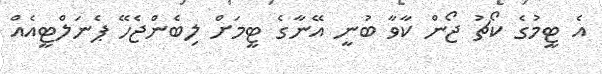
އެ ޓީމުގެ ކޯޗު ޖޯން ކާވާ ބުނީ އޭނާގެ ޓީމަށް ލިބެންޖެހޭ ޕެނަލްޓީއެއް